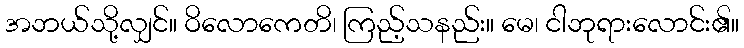
အဘယ်သို့လျှင်။ ဝိလောကေတိ၊ ကြည့်သနည်း။ မေ၊ ငါဘုရားလောင်း၏။